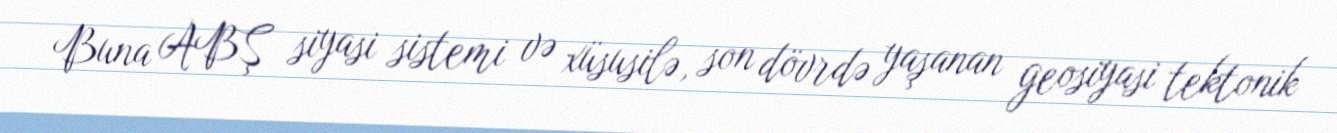
Buna ABŞ siyasi sistemi və xüsusilə, son dövrdə yaşanan geosiyasi tektonik